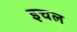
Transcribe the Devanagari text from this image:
इचल